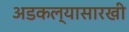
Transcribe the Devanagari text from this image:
अडकल्यासारखी